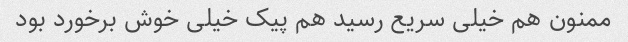
ممنون هم خیلی سریع رسید هم پیک خیلی خوش برخورد بود